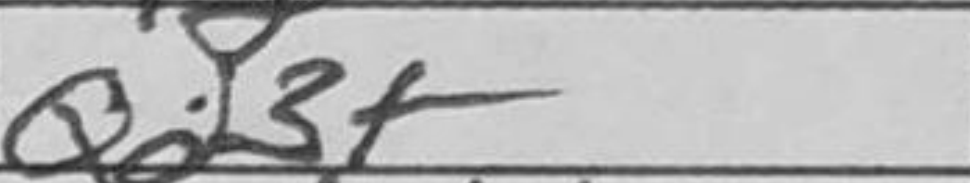
Transcription: Qd3+